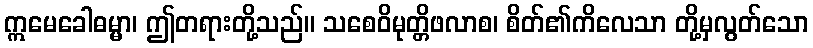
ဣမေခေါဓမ္မာ၊ ဤတရားတို့သည်။ သစေဝိမုတ္တိဖလာစ၊ စိတ်၏ကိလေသာ တို့မှလွတ်သော